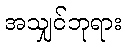
အသျှင်ဘုရား